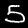
Digit: 5